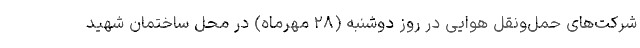
شرکت‌های حمل‌ونقل هوایی در روز دوشنبه (۲۸ مهرماه) در محل ساختمان شهید